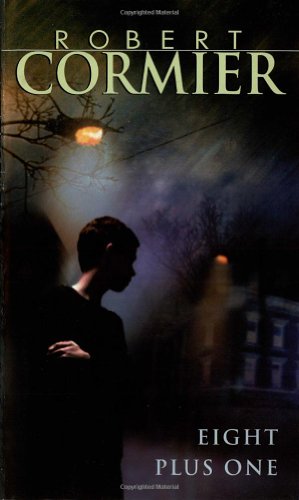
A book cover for EIGHT PLUS ONE: STORIES; Robert Cormier; Teen & Young Adult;